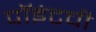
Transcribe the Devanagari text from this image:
पॉइंटची